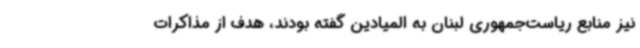
نیز منابع ریاست‌جمهوری لبنان به المیادین گفته بودند، هدف از مذاکرات